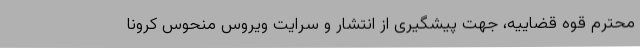
محترم قوه قضاییه، جهت پیشگیری از انتشار و سرایت ویروس منحوس کرونا